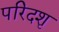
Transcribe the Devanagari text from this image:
परिदशृ